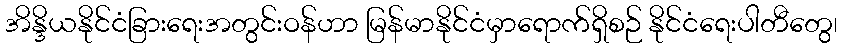
အိန္ဒိယနိုင်ငံခြားရေးအတွင်းဝန်ဟာ မြန်မာနိုင်ငံမှာရောက်ရှိစဉ် နိုင်ငံရေးပါတီတွေ၊